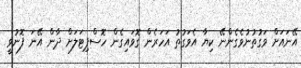
އޭނައަށް ވަގުތުނުވެގެންނޭ ކިޔާ އެވަގުތު އަހަރެން ގޮވައިގެން ހޮސްޕިޓަލަށް ދާން އޭނަ ފޮނުވީ